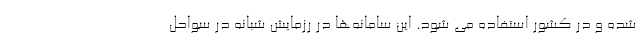
شده و در کشور استفاده می شود. این سامانه‌ها در رزمایش شبانه در سواحل